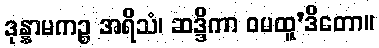
ဒုန္နာမကဉ္စ အရိသံ၊ ဆဒ္ဒိကာ ဝမထူ’ဒိတော။